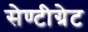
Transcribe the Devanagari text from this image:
सेण्टीग्रेट